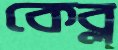
কেব্ল্